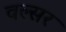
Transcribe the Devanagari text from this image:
वल्सर